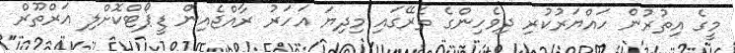
މީގެ އިތުރުން ހައްޔަރުކުރި ދިވެހިންގެ ތެރޭގައި މިދިޔަ އަހަރު ރާއްޖެއިން ޑީޕޯޓްކޮށްލި އަރްތޫރް